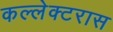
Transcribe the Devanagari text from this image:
कल्लेक्टरास